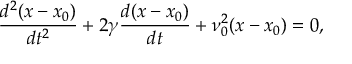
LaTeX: \frac { d ^ { 2 } ( x - x _ { 0 } ) } { d t ^ { 2 } } + 2 \gamma \frac { d ( x - x _ { 0 } ) } { d t } + \nu _ { 0 } ^ { 2 } ( x - x _ { 0 } ) = 0 ,